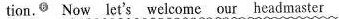
tion.^{⑥} Now let's.Welcome our headmaster